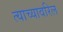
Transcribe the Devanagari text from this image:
त्याच्यावरिल